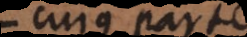
cujus partes